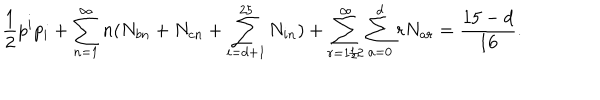
LaTeX: \frac { 1 } { 2 } p ^ { i } p _ { i } + \sum _ { n = 1 } ^ { \infty } n ( N _ { b n } + N _ { c n } + \sum _ { i = d + 1 } ^ { 2 5 } N _ { i n } ) + \sum _ { r = 1 / 2 } ^ { \infty } \sum _ { a = 0 } ^ { d } r N _ { a r } = { \frac { 1 5 - d } { 1 6 } } .